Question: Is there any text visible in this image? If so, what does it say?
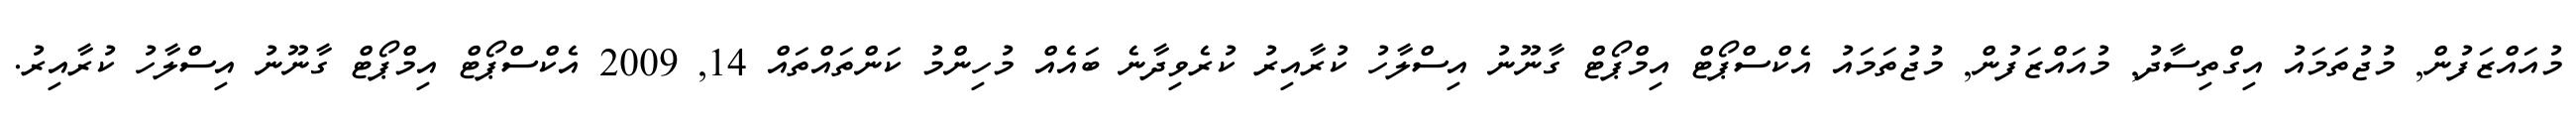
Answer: މުއައްޒަފުން, މުޖުތަމައު އިގްތިސާދު, މުއައްޒަފުން, މުޖުތަމައު އެކްސްޕޯޓް އިމްޕޯޓް ގާނޫނު އިސްލާހު ކުރާއިރު ކުރެވިދާނެ ބައެއް މުހިންމު ކަންތައްތައް 14, 2009 އެކްސްޕޯޓް އިމްޕޯޓް ގާނޫނު އިސްލާހު ކުރާއިރު.